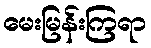
မေးမြန်းကြရာ